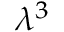
{ \ensuremath { \lambda } } ^ { 3 }